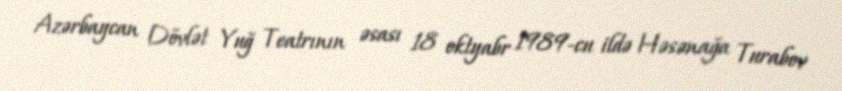
Azərbaycan Dövlət Yuğ Teatrının əsası 18 oktyabr 1989-cu ildə Həsənağa Turabov